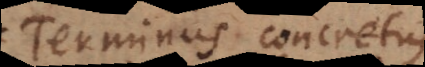
Terminus concretus